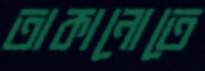
তাকানোতে